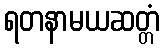
ရတနာမယဆတ္တံ